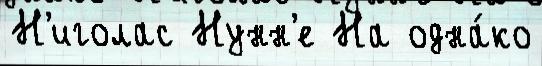
Н'иголас Нунн'е На одна́ко